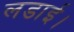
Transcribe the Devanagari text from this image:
लडाई।